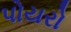
પોયરો